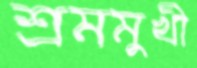
শ্রমমুখী